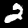
Digit: 2